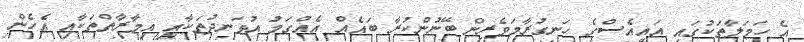
އެ ހަމަލާތަކުގައި އައިއެސްގެ ހަނގުރާމަވެރިން ބޭނުންކުރާ ބައެއް އެއްގަމު އުޅަނދުތަކާއި އިމާރާތްތަކާއި އެހެން